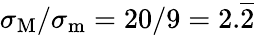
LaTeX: \sigma_{\mathrm{M}}/\sigma_{\mathrm{m}}=20/9=2.\overline{{2}}